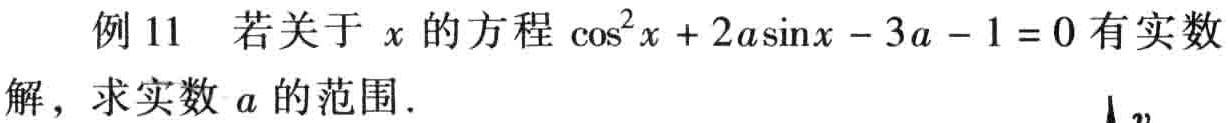
例 11 若关于 \(x\) 的方程 \(\cos^{2}x + 2a\sin x - 3a - 1 = 0\) 有实数解，求实数 \(a\) 的范围．